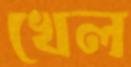
খেল